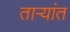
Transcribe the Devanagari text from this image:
ताऱ्यांत